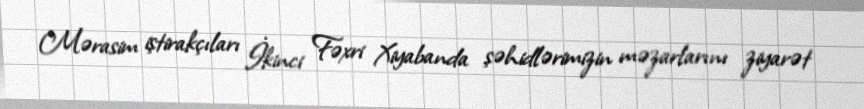
Mərasim iştirakçıları İkinci Fəxri Xiyabanda şəhidlərimizin məzarlarını ziyarət